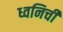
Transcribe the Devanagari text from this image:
ध्वनिची